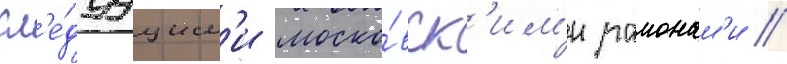
сл'е́дуущим'и моско́вск'им'и раионам'и //